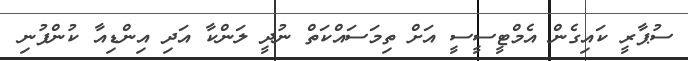
ސުޕާރީ ކައިގެން އެމްޓީސީސީ އަށް ތިމަސައްކަތް ނުދީ ލަންކާ އަދި އިންޑިއާ ކުންފުނި